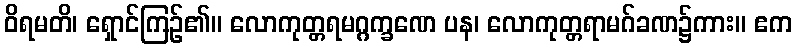
ဝိရမတိ၊ ရှောင်ကြဉ်၏။ လောကုတ္တရမဂ္ဂက္ခဏေ ပန၊ လောကုတ္တရာမဂ်ခဏ၌ကား။ ဧက